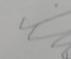
Signature authenticity: forged